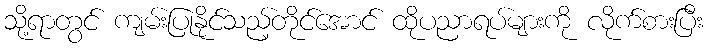
သို့ရာတွင် ကျမ်းပြုနိုင်သည့်တိုင်အောင် ထိုပညာရပ်များကို လိုက်စားပြီး